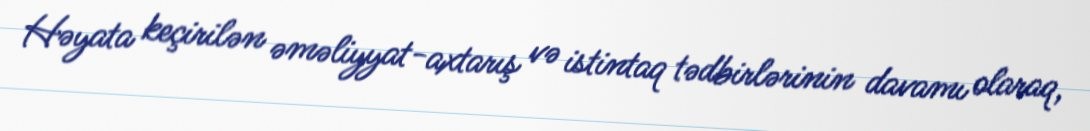
Həyata keçirilən əməliyyat-axtarış və istintaq tədbirlərinin davamı olaraq,